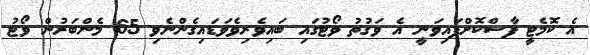
އެ ކޮމެޓީ ފާސްކޮށްފައިވަނީ އެ ވަގުތު ވޯޓުގައި ބައިވެރިވެވަޑައިގެންނެވި 65 މެންބަރުން ވޯޓު